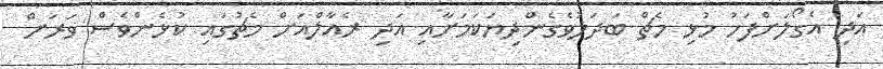
އަދި އެގޯލަށްފަހު މުޅި މެޗް ބަދަލުވެގެންދިޔަކަމަށާއި އަދި ރެއާލްއަށް މެޗުގައި ކުޅެންވެސް ވަރަށް